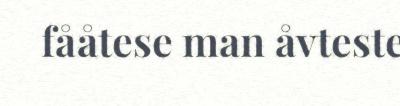
fååtese man åvteste